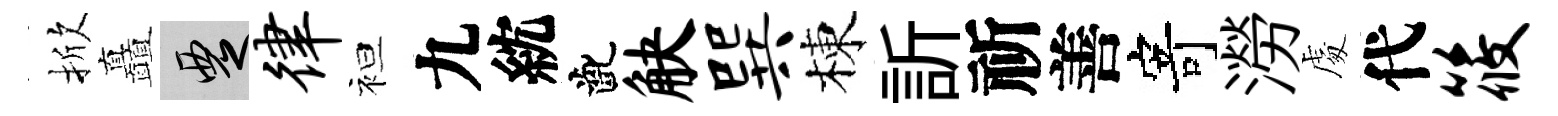
掀矗覂律袒九紞齔觖巽棟訢祈善寄澇䖏代筱